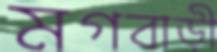
মগবাড়ী